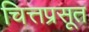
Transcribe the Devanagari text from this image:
चित्तप्रसूत